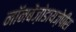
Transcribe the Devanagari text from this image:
नॉनबेंज़ोडायज़ेपींस